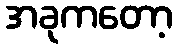
အခုကတော့